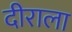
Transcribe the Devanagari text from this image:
दीराला